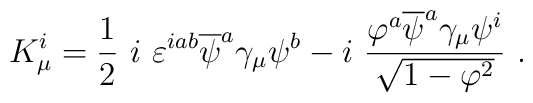
K^i_\mu = \frac 12~i~\varepsilon^{iab} \overline{\psi}^a \gamma_\mu \psi^b-i~ {\varphi^a \overline{\psi}^a \gamma_\mu \psi^i \over \sqrt{1-{\varphi}^2}}~.